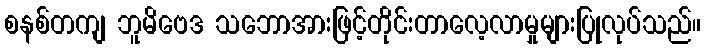
စနစ်တကျ ဘူမိဗေဒ သဘောအားဖြင့်တိုင်းတာလေ့လာမှုများပြုလုပ်သည်။